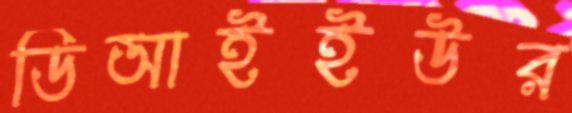
ডিআইইউর